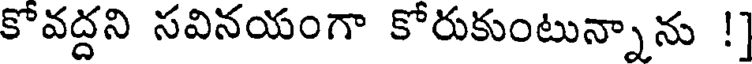
కొవద్దని సవినయంగా కోరుకుంటున్నాను !]